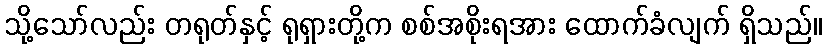
သို့သော်လည်း တရုတ်နှင့် ရုရှားတို့က စစ်အစိုးရအား ထောက်ခံလျက် ရှိသည်။